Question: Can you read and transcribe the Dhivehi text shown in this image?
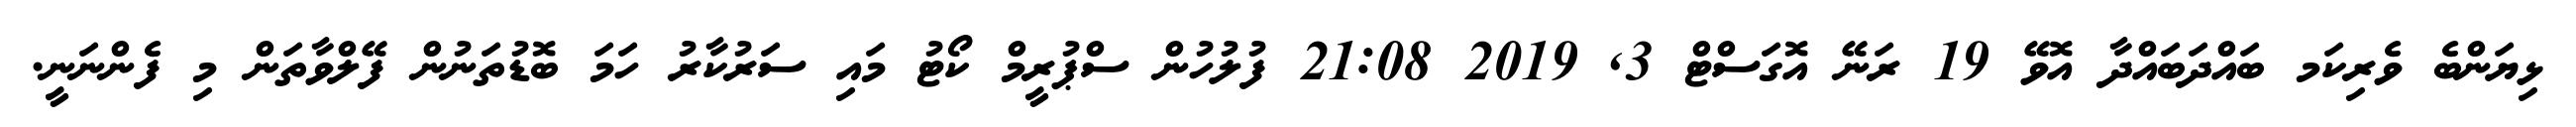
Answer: ޅިޔަންބެ ވެރިކަމ ބައްދަބައްދާ އޮވޭ 19 ރަނޭ އޮގަސްޓް 3, 2019 21:08 ފުލުހުން ސްޕުރީމް ކޯޓު މައި ސަރުކާރު ހަމަ ބޮޑުތަނުން ފޭލްވާތަން މި ފެންނަނީ.